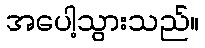
အပေါ့သွားသည်။